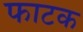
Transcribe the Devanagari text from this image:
फाटक